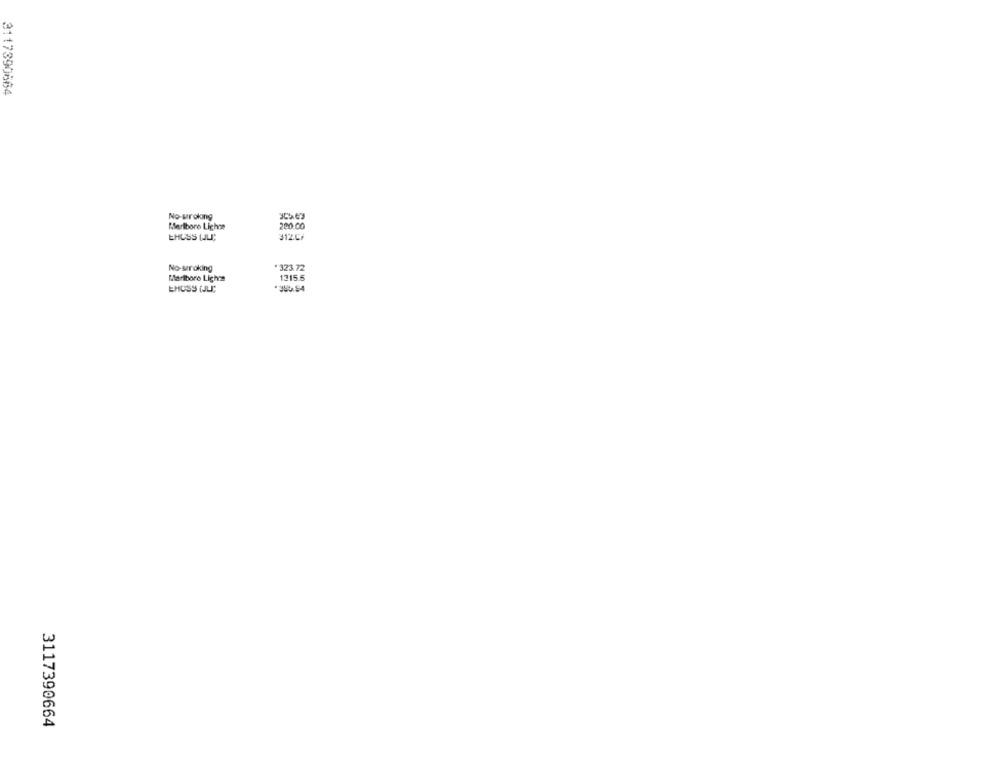
3117390664
No-wroking
Marlboro Lighne
220.00
EHUSS (JU;
312.CF
No-seroking
323.72
Marlboro Lights
1215.5
EHOSS (JLT;
3117390664